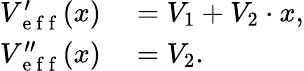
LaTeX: \begin{array}{rl}{V_{\mathrm{~e~f~f~}}^{\prime}(x)}&{{}=V_{1}+V_{2}\cdot x,}\\ {V_{\mathrm{~e~f~f~}}^{\prime\prime}(x)}&{{}=V_{2}.}\end{array}